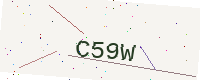
Text: C59W